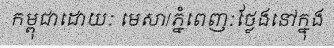
កម្ពុជាដោយៈ មេសា/ភ្នំពេញៈថ្លែងនៅក្នុង